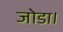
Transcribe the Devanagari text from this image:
जोडा।